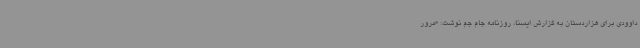
داوودی برای هزاردستان به گزارش ایسنا، روزنامه جام جم نوشت:‌ «مرور